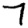
Digit: 7